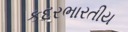
કદરભારતીય